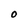
Character: O